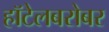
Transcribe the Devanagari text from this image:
हॉटेलबरोबर